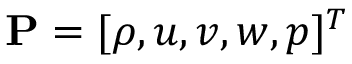
\mathbf { P } = [ \rho , u , v , w , p ] ^ { T }